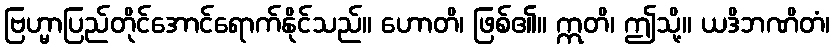
ဗြဟ္မာပြည်တိုင်အောင်ရောက်နိုင်သည်။ ဟောတိ၊ ဖြစ်၏။ ဣတိ၊ ဤသို့။ ယဒိဘဏိတံ၊